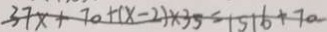
3 7 x + 7 0 + ( x - 2 ) \times 3 5 = 1 5 1 6 + 7 0